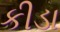
કીડા